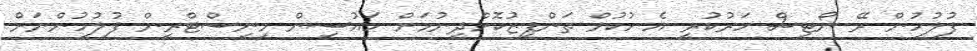
ފުލުހުން ރޭ ނޯޓިސް ހަރުކުރީ އެ ހުކުމް ތަންފީޒުކޮށްދިނުމަށް ހައުސިން މިނިސްޓްރީން ފުލުހުންނަށް